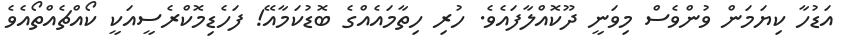
އަޑުހާ ކިޔަމަން ވުންވެސް މިވަނީ ދޫކޮއްލާފައެވެ. ހުރި ހިތާމައެއްގެ ބޮޑުކަމާއޭ! ފަހެޑިމޮކްރެސީއަކީ ކޯއްޗެއްތޯއެވެ